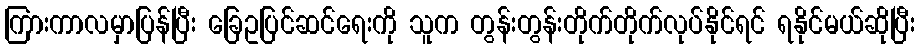
ကြားကာလမှာပြန်ပြီး ခြေဥပြင်ဆင်ရေးကို သူက တွန်းတွန်းတိုက်တိုက်လုပ်နိုင်ရင် ရနိုင်မယ်ဆိုပြီး